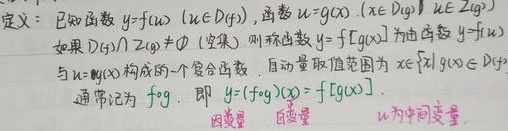
定义：已知函数 \(y = f(u)\) \((u\in D(f))\)，函数 \(u = g(x)\) \((x\in D(g),u\in Z(g))\)。如果 \(D(f)\cap Z(g)\neq\varnothing\)（非空），则称函数 \(y = f[g(x)]\) 为由函数 \(y = f(u)\) 与 \(u = g(x)\) 构成的一个复合函数，自变量取值范围为 \(x\in\{x|g(x)\in D(f)\}\)，通常记为 \(f\circ g\)，即 \(y=(f\circ g)(x)=f[g(x)]\)。

因变量、自变量 \(u\) 为中间变量。